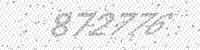
Solution: 872776